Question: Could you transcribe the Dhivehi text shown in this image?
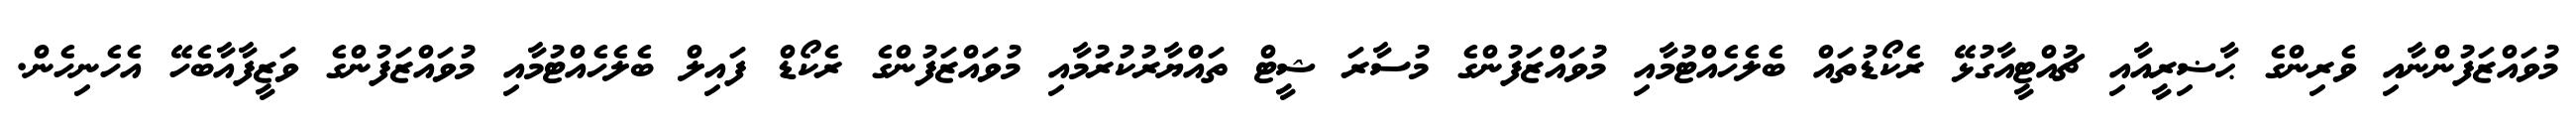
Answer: މުވައްޒަފުންނާއި ވެރިންގެ ޙާޟިރީއާއި ޗުއްޓީއާގުޅޭ ރެކޯޑުތައް ބެލެހެއްޓުމާއި މުވައްޒަފުންގެ މުސާރަ ޝީޓް ތައްޔާރުކުރުމާއި މުވައްޒަފުންގެ ރެކޯޑް ފައިލް ބެލެހެއްޓުމާއި މުވައްޒަފުންގެ ވަޒީފާއާބެހޭ އެހެނިހެން.